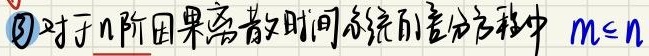
\textcircled{3}对于$n$阶因果离散时间系统的差分方程中$m\leq n$